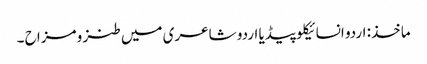
ماخذ: اردو انسائیکلو پیڈیا	اردو شاعری میں طنز و مزاح ۔